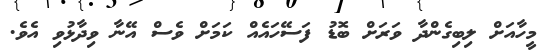
މީހާއަށް ލިބިގެންދާ ވަރަށް ބޮޑު ފަސޭހައެއް ކަމަށް ވެސް އޭނާ ވިދާޅުވި އެވެ.